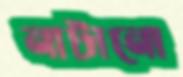
নাটানো